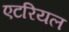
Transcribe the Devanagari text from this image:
एटरियल